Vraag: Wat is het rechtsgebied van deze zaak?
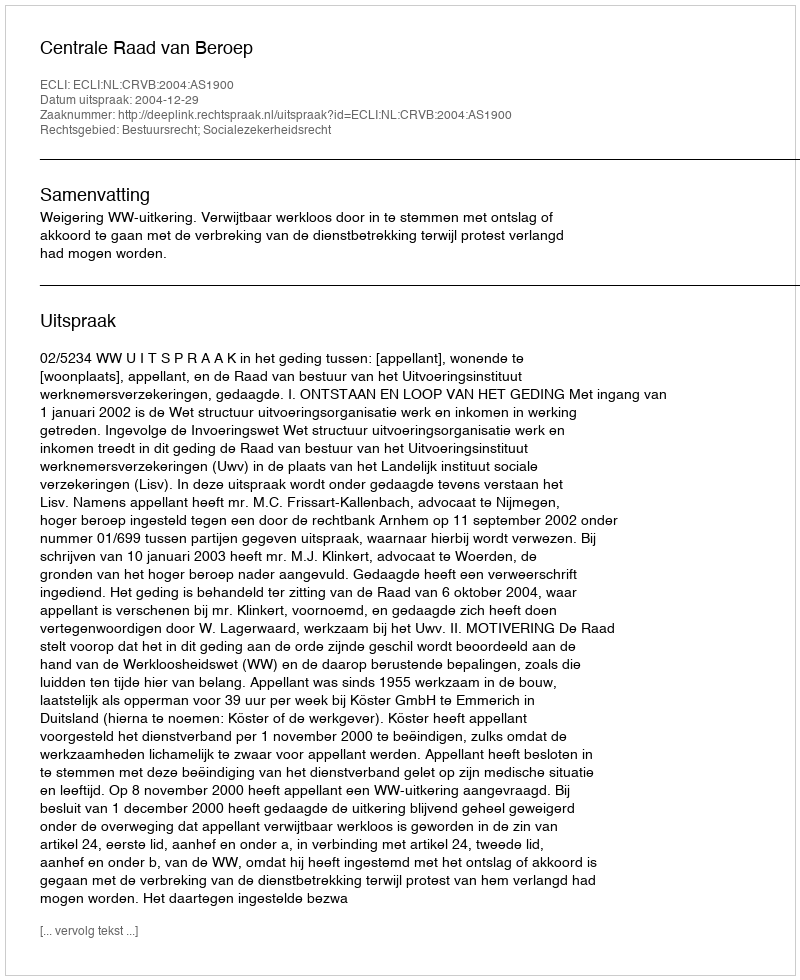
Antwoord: Bestuursrecht; Socialezekerheidsrecht